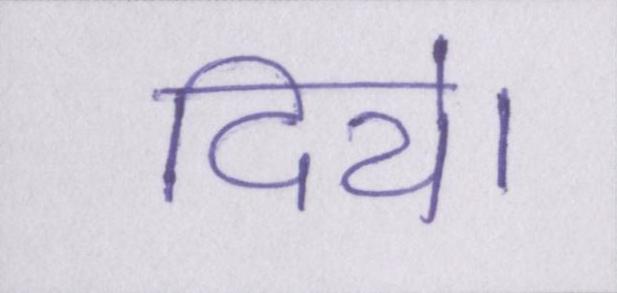
दिये।